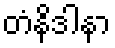
တံနိဒါနာ